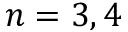
n = 3 , 4